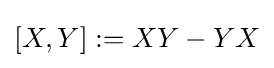
[X,Y]:=XY-YX